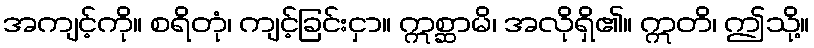
အကျင့်ကို။ စရိတုံ၊ ကျင့်ခြင်းငှာ။ ဣစ္ဆာမိ၊ အလိုရှိ၏။ ဣတိ၊ ဤသို့။